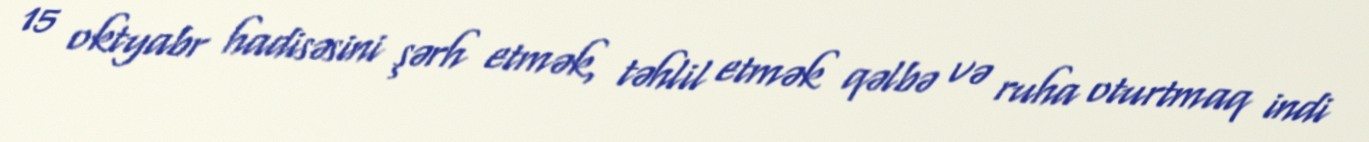
15 oktyabr hadisəsini şərh etmək, təhlil etmək qəlbə və ruha oturtmaq indi